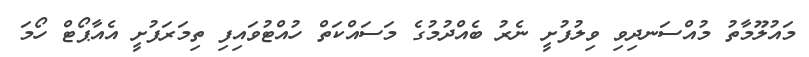
މައުލޫމާތު މުއްސަނދިވި ވިލުފުށީ ނެރު ބެއްދުމުގެ މަސައްކަތް ހުއްޓުވައިފި ތިމަރަފުށީ އެއާޕޯޓް ހޯމަ